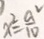
x ^ { 2 } = \frac { a ^ { 2 } } { 1 0 }